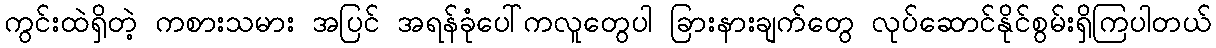
ကွင်းထဲရှိတဲ့ ကစားသမား အပြင် အရန်ခုံပေါ်ကလူတွေပါ ခြားနားချက်တွေ လုပ်ဆောင်နိုင်စွမ်းရှိကြပါတယ်